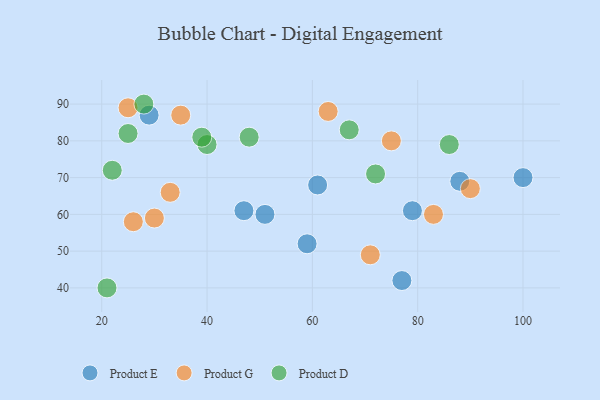
{"axis": {"x": "GDP", "y": "Life Expectancy"}, "legend": ["Product D", "Product E", "Product G"], "data": [{"x": "79", "y": 61, "type": "Product E"}, {"x": "51", "y": 60, "type": "Product E"}, {"x": "59", "y": 52, "type": "Product E"}, {"x": "100", "y": 70, "type": "Product E"}, {"x": "29", "y": 87, "type": "Product E"}, {"x": "47", "y": 61, "type": "Product E"}, {"x": "88", "y": 69, "type": "Product E"}, {"x": "61", "y": 68, "type": "Product E"}, {"x": "77", "y": 42, "type": "Product E"}, {"x": "26", "y": 58, "type": "Product G"}, {"x": "71", "y": 49, "type": "Product G"}, {"x": "35", "y": 87, "type": "Product G"}, {"x": "63", "y": 88, "type": "Product G"}, {"x": "75", "y": 80, "type": "Product G"}, {"x": "33", "y": 66, "type": "Product G"}, {"x": "83", "y": 60, "type": "Product G"}, {"x": "90", "y": 67, "type": "Product G"}, {"x": "25", "y": 89, "type": "Product G"}, {"x": "30", "y": 59, "type": "Product G"}, {"x": "22", "y": 72, "type": "Product D"}, {"x": "48", "y": 81, "type": "Product D"}, {"x": "21", "y": 40, "type": "Product D"}, {"x": "40", "y": 79, "type": "Product D"}, {"x": "25", "y": 82, "type": "Product D"}, {"x": "67", "y": 83, "type": "Product D"}, {"x": "86", "y": 79, "type": "Product D"}, {"x": "28", "y": 90, "type": "Product D"}, {"x": "39", "y": 81, "type": "Product D"}, {"x": "72", "y": 71, "type": "Product D"}]}